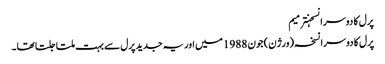
پرل کا دوسرا نسخہترمیم
پرل کا دوسرا نسخہ (ورژن) جون 1988 میں اور یہ جدید پرل سے بہت ملتا جلتا تھا۔